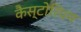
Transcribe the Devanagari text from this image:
कैस्टोरियम